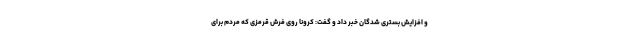
و افزایش بستری شدگان خبر داد و گفت: کرونا روی فرش قرمزی که مردم برای